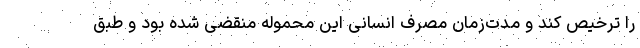
را ترخیص کند و مدت‌زمان مصرف انسانی این محموله منقضی شده بود و طبق